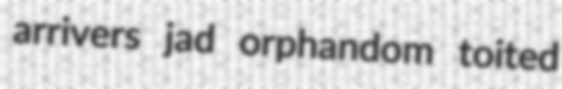
arrivers jad orphandom toited